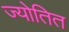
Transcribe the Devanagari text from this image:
ज्योतित